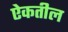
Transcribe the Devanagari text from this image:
ऐकतील